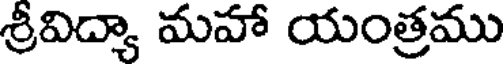
శ్రీవిద్యా మహా యంత్రము